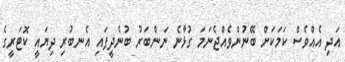
އަދި އެއްވެސް ކަމަކަށް ބޭނުންވެއްޖެނަމަ ގުޅާނެ ނަންބަރު ބުނެދީފައި އެނބުރި ދިޔައީ ކޮޓަރީގެ